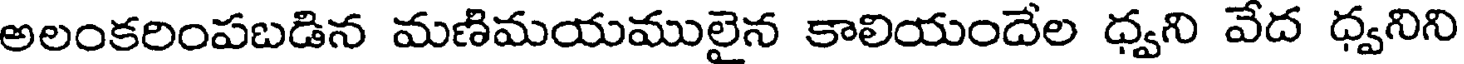
అలంకరింపబడిన మణిమయములైన కాలియందేల ధ్వని వేద ధ్వనిని